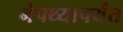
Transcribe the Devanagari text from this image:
नेपथ्यापर्यंत